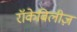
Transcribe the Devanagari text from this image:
रॉकेबिलीज़